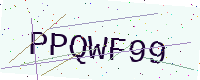
Text: PPQWF99